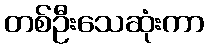
တစ်ဦးသေဆုံးကာ